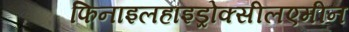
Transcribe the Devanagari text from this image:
फिनाइलहाइड्रोक्सीलएमीन